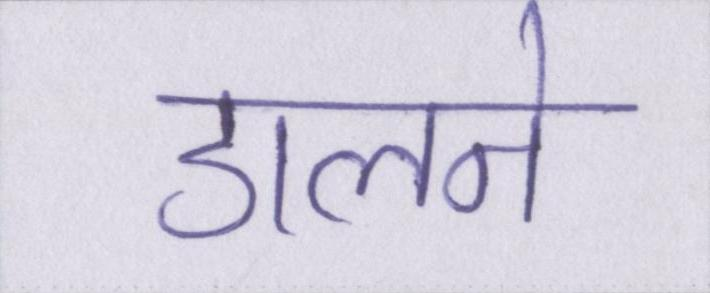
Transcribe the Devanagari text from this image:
डालने